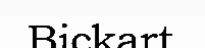
Bickart